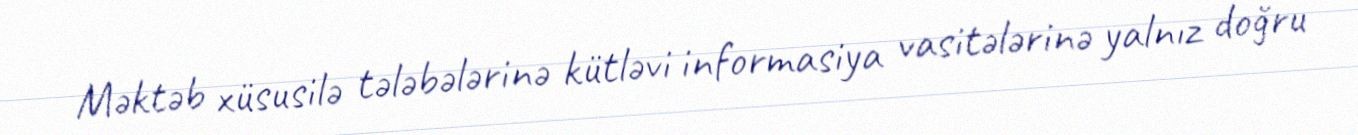
Məktəb xüsusilə tələbələrinə kütləvi informasiya vasitələrinə yalnız doğru